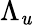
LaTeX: \Lambda_{\mathit{u}}